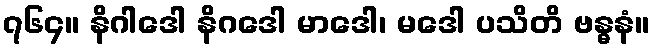
၇၆၄။ နိဂါဒေါ နိဂဒေါ မာဒေါ၊ မဒေါ ပသိတိ ဗန္ဓနံ။